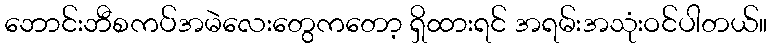
ဘောင်းဘီစကပ်အမဲလေးတွေကတော့ ရှိထားရင် အရမ်းအသုံးဝင်ပါတယ်။